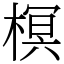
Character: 榠